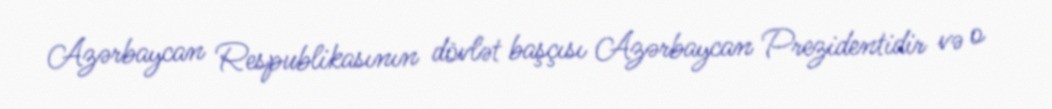
Azərbaycan Respublikasının dövlət başçısı Azərbaycan Prezidentidir və o